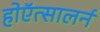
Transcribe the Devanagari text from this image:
होऍत्सालर्न